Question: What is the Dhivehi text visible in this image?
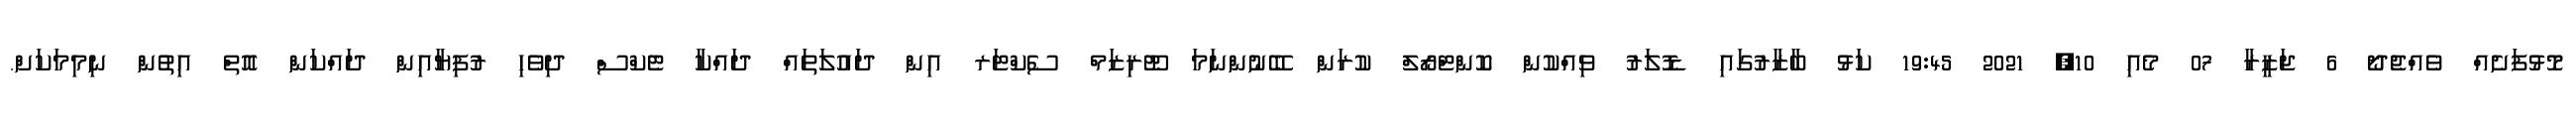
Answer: މޮޅުފަށެއް ވެއްޖެދޯ 6 ޖަޒީރާ 07 މެއި 10, 2021 19:45 ކަޅު ބާޒާރުގައި ޑޮލަރު ވިއްކުން ކޮންޓްރޯލް ކުރަން ބޭނުންނަމަ ޓޫރިޒަމް ސެކްޓަރ އިން ދައުލަތައް ދައްކާ ޓެކްސް ދިވެހި ރުފިޔާއިން ދައްކަން އޮތް އިތުން ނިމިމަކަށް.